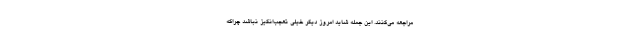
مراجعه می‌کنند. این جمله شاید امروز دیگر خیلی تعجب‌انگیز نباشد چراکه